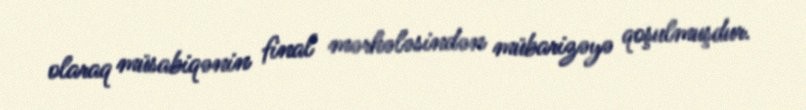
olaraq müsabiqənin final mərhələsindən mübarizəyə qoşulmuşdur.